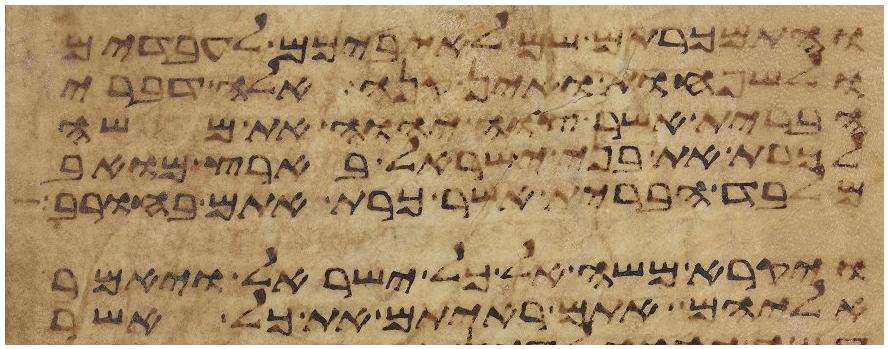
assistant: והתמכרתם שם לאיביכם לעבדים
ולשפחות ואין קנה אלה דברי
הברית אשר צוה יהוה את משה
לכרת את בני ישראל בארץ מואב
מלבד הברית אשר כרת אתם בחורב
ויקרא משה אל כל ישראל ויאמר
אליהם אתם ראיתם את כל אשר